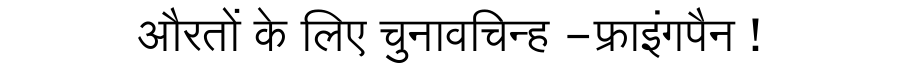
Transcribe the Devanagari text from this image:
औरतों के लिए चुनावचिन्ह -फ्राइंगपैन !